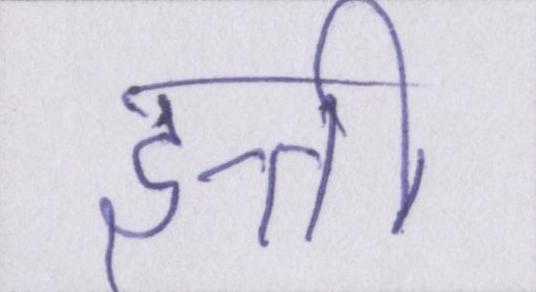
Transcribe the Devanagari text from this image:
इत्ती